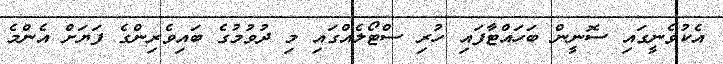
އެކުވެނީގައި ސޮނީން ބަހައްޓާފައި ހުރި ސްޓޯލެއްގައި މި ދުވުމުގެ ބައިވެރިންގެ ފަޔަށް އެންމެ